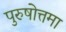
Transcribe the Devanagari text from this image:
पुरुषोत्तमा